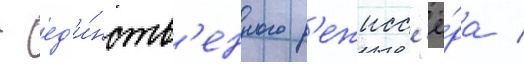
- ед'и́нств'енного р'ежисс'ё́ра /